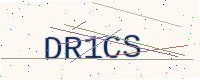
Text: DR1CS